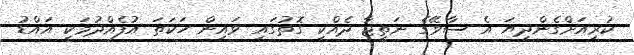
ކުރިއަށްގެންދިޔަ އެ ސާވޭގެ ނަތީޖާ ދެއްކި ގޮތުގައި ވައިން ހަކަތަ އުފެއްދުމަކީ އައްޑު